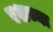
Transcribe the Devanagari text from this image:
रशच्या